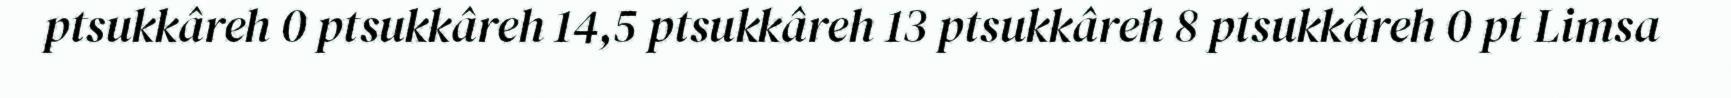
ptsukkâreh 0 ptsukkâreh 14,5 ptsukkâreh 13 ptsukkâreh 8 ptsukkâreh 0 pt Limsa